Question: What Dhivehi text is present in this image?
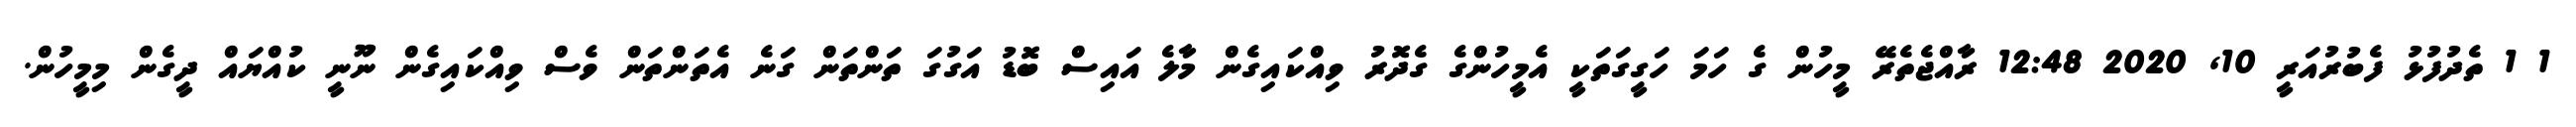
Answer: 1 1 ތެދުފުޅު ފެބުރުއަރީ 10, 2020 12:48 ރާއްޖެތެރޭ މީހުން ގެ ހަމަ ހަގީގަތަކީ އެމީހުންގެ ގެދޮރު ވިއްކައިގެން މާލެ އައިސް ބޮޑު އަގުގަ ތަންތަން ގަނެ އެތަންތަން ވެސް ވިއްކައިގެން ނޫނީ ކުއްޔައް ދީގެން މިމީހުން.